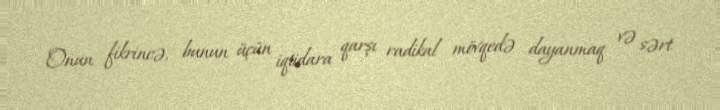
Onun fikrincə, bunun üçün iqtidara qarşı radikal mövqedə dayanmaq və sərt